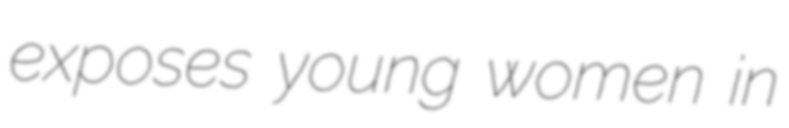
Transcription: exposes young women in